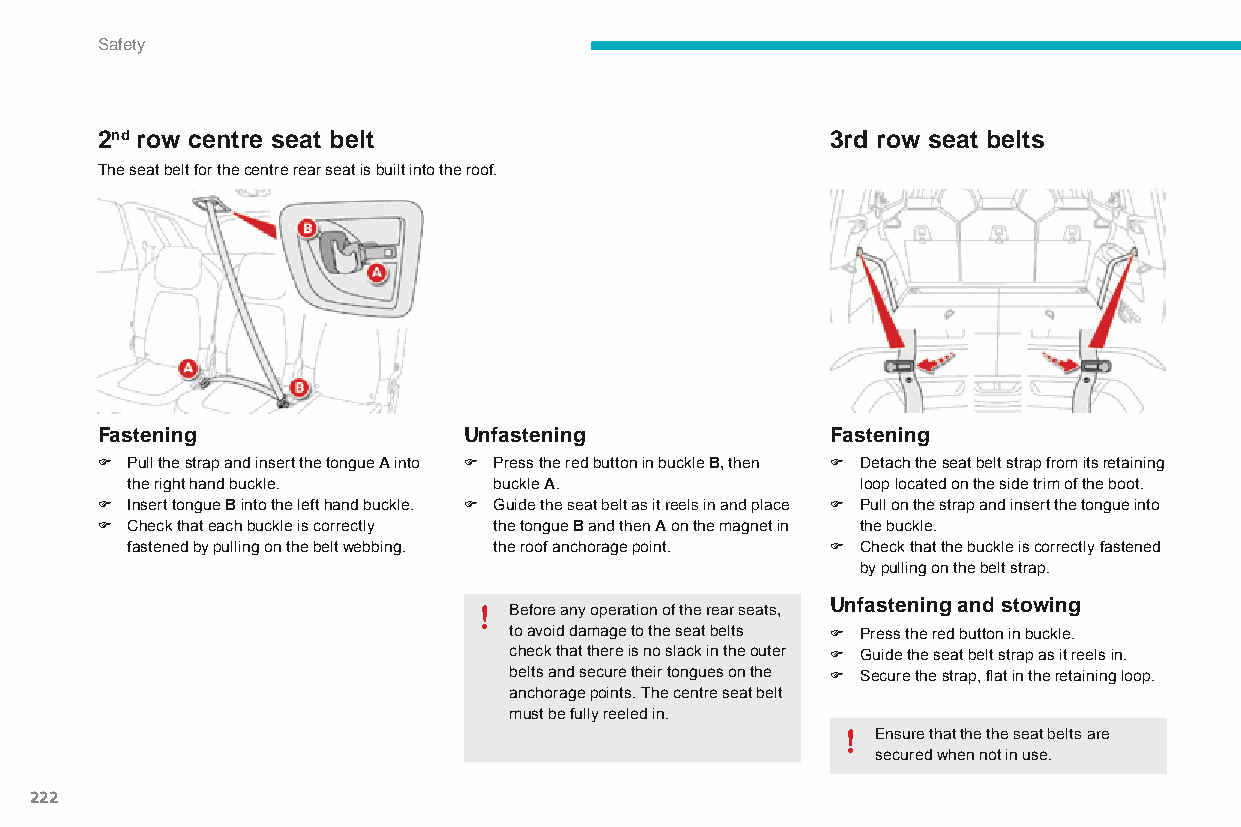
Safety
 2nd row centre seat belt                         3rd row seat belts
 The seat belt for the centre rear seat is built into the roof.
 Fastening                Unfastening             Fastening
 F Pull the strap and insert the tongue A into F Press the red button in buckle B, then F Detach the seat belt strap from its retaining
 the right hand buckle.   buckle A.               loop located on the side trim of the boot.
 F Insert tongue B into the left hand buckle. F Guide the seat belt as it reels in and place F Pull on the strap and insert the tongue into
 F Check that each buckle is correctly the tongue B and then A on the magnet in the buckle.
 fastened by pulling on the belt webbing. the roof anchorage point. F Check that the buckle is correctly fastened
 by pulling on the belt strap.
 before any operation of the rear seats, Unfastening and stowing
 to avoid damage to the seat belts F Press the red button in buckle.
 check that there is no slack in the outer F Guide the seat belt strap as it reels in.
 belts and secure their tongues on the F Secure the strap, flat in the retaining loop.
 anchorage points. The centre seat belt
 must be fully reeled in.
 Ensure that the the seat belts are
 secured when not in use.
 222
 C4-Picasso-II_en_Chap06_securite_ed01-2015